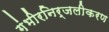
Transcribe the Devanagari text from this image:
गंभीरनिर्जलीकरण